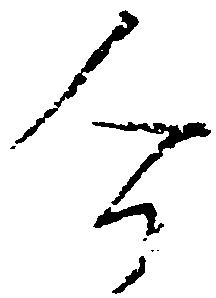
介